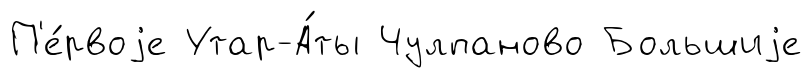
П'е́рвоjе Утар-А́ты Чулпаново Большиjе